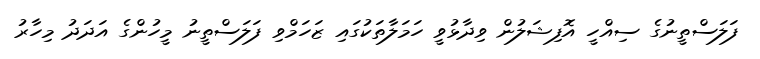
ފަލަސްތީނުގެ ސިއްހީ އޮފިޝަލުން ވިދާޅުވީ ހަމަލާތަކުގައި ޒަހަމްވި ފަލަސްތީނު މީހުންގެ އަދަދު މިހާރު